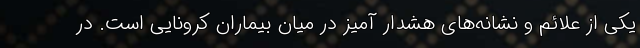
یکی از علائم و نشانه‌های هشدار آمیز در میان بیماران کرونایی است. در